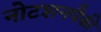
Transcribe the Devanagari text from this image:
नोटशनपैकी